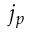
j _ { p }